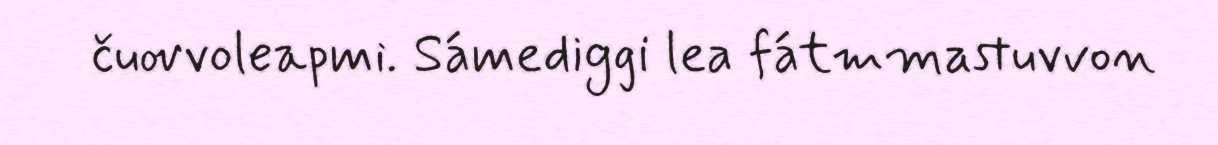
čuovvoleapmi. Sámediggi lea fátmmastuvvon